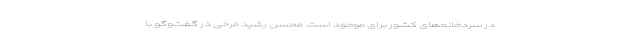
در سردخانه‌های کشور برای موجود است. محسن رشید فرخی در گفت‌وگو با